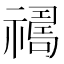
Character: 𱵪